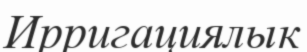
Ирригациялык